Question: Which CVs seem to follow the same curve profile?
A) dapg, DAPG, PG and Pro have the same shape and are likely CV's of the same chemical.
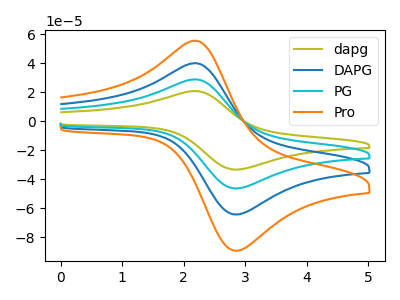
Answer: <think>The olive curve "dapg" has an anodic peak at (2.20V, 20.75uA) and a cathodic peak at (2.90V, -33.35uA). The blue curve "DAPG" has an anodic peak at (2.20V, 57.60uA) and a cathodic peak at (2.90V, -92.65uA). The cyan curve "PG" has an anodic peak at (2.20V, 28.80uA) and a cathodic peak at (2.90V, -46.30uA). The orange curve "Pro" has an anodic peak at (2.20V, 86.40uA) and a cathodic peak at (2.90V, -138.95uA).
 All the peaks in "dapg" have a peak in "DAPG" at the same potential. Every peak in "dapg" is lower than every peak in "DAPG". All the peaks in "dapg" have a peak in "PG" at the same potential. Every peak in "dapg" is lower than every peak in "PG". All the peaks in "dapg" have a peak in "Pro" at the same potential. Every peak in "dapg" is lower than every peak in "Pro". All the peaks in "DAPG" have a peak in "PG" at the same potential. Every peak in "DAPG" is higher than every peak in "PG". All the peaks in "DAPG" have a peak in "Pro" at the same potential. Every peak in "DAPG" is lower than every peak in "Pro". All the peaks in "PG" have a peak in "Pro" at the same potential. Every peak in "PG" is lower than every peak in "Pro".</think>
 <answer>A) "dapg", "DAPG", "PG" and "Pro" have the same shape and are likely CV's of the same chemical.</answer>
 <eval>A</eval>